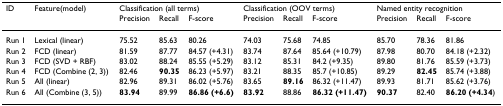
<table><thead><tr><td><b>ID</b></td><td><b>Feature(model)</b></td><td colspan="3"><b>Classification (all terms)</b></td><td colspan="3"><b>Classification (OOV terms)</b></td><td colspan="3"><b>Named entity recognition</b></td></tr><tr><td></td><td></td><td><b>Precision</b></td><td><b>Recall</b></td><td><b>F-score</b></td><td><b>Precision</b></td><td><b>Recall</b></td><td><b>F-score</b></td><td><b>Precision</b></td><td><b>Recall</b></td><td><b>F-score</b></td></tr></thead><tbody><tr><td>Run 1</td><td>Lexical (linear)</td><td>75.52</td><td>85.63</td><td>80.26</td><td>74.03</td><td>75.68</td><td>74.85</td><td>85.70</td><td>78.36</td><td>81.86</td></tr><tr><td>Run 2</td><td>FCD (linear)</td><td>81.59</td><td>87.77</td><td>84.57 (+4.31)</td><td>83.74</td><td>87.64</td><td>85.64 (+10.79)</td><td>87.98</td><td>80.70</td><td>84.18 (+2.32)</td></tr><tr><td>Run 3</td><td>FCD (SVD + RBF)</td><td>83.02</td><td>88.24</td><td>85.55 (+5.29)</td><td>83.12</td><td>85.31</td><td>84.2 (+9.35)</td><td>89.80</td><td>81.76</td><td>85.59 (+3.73)</td></tr><tr><td>Run 4</td><td>FCD (Combine (2, 3))</td><td>82.46</td><td><b>90.35</b></td><td>86.23 (+5.97)</td><td>83.21</td><td>88.35</td><td>85.7 (+10.85)</td><td>89.29</td><td><b>82.45</b></td><td>85.74 (+3.88)</td></tr><tr><td>Run 5</td><td>All (linear)</td><td>82.96</td><td>89.31</td><td>86.02 (+5.76)</td><td>83.65</td><td><b>89.16</b></td><td>86.32 (+11.47)</td><td>89.93</td><td>81.71</td><td>85.62 (+3.76)</td></tr><tr><td>Run 6</td><td>All (Combine (3, 5))</td><td><b>83.94</b></td><td>89.99</td><td><b>86.86 (+6.6)</b></td><td><b>83.92</b></td><td>88.86</td><td><b>86.32 (+11.47)</b></td><td><b>90.37</b></td><td>82.40</td><td><b>86.20 (+4.34</b>)</td></tr></tbody></table>